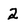
Character: 2